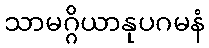
သာမဂ္ဂိယာနုပဂမနံ